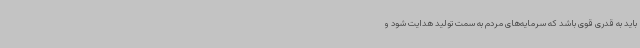
باید به قدری قوی باشد که سرمایه‌های مردم به سمت تولید هدایت شود و